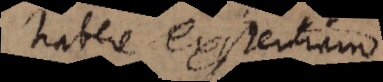
habere existentiam,